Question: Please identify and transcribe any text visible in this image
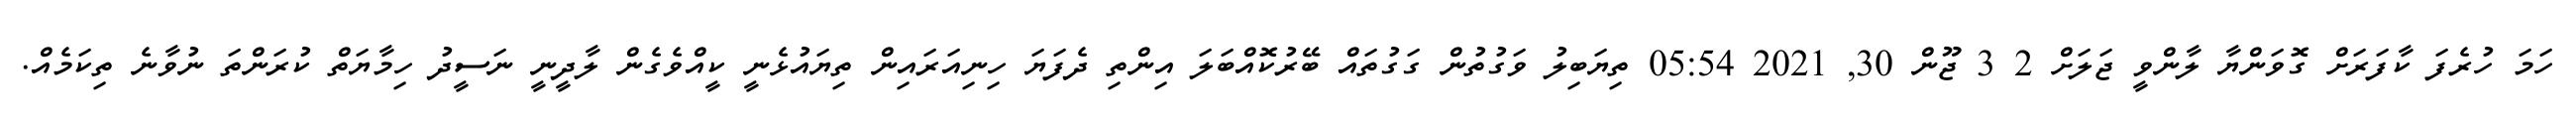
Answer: ހަމަ ހުރެފަ ކާފަރަށް ގޮވަންޔާ ލާންވީ ޖަލަށް 2 3 ޖޫން 30, 2021 05:54 ތިޔަބިލު ވަގުތުން ގަގުތައް ބޭރުކޮއްބަލަ އިންތި ދެފަޔަ ހިނިއަރައިން ތިޔައުޅެނީ ކީއްވެގެން ލާދީނީ ނަސީދު ހިމާޔަތް ކުރަންތަ ނުވާނެ ތިކަމެއް.